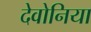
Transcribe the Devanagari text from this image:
देवोनिया